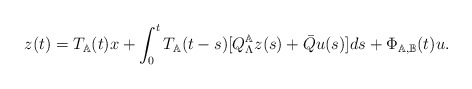
\begin{align*} z(t)=T_\mathbb{A}(t)x+\int_0^tT_\mathbb{A}(t-s)[Q_\Lambda^\mathbb{A}z(s)+\bar{Q}u(s)]ds+\Phi_{\mathbb{A},\mathbb{B}}(t)u.\end{align*}